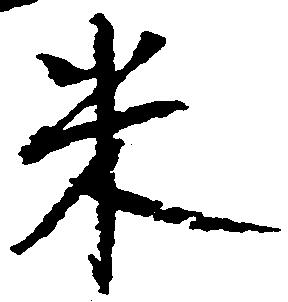
米